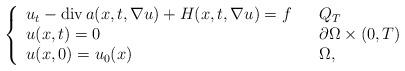
LaTeX: \begin{align*}\left\{\begin{array}[c]{lll}u_{t}-\operatorname{div}a(x,t,\nabla u)+H(x,t,\nabla u)=f & &Q_{T}\\u(x,t)=0 & & \partial\Omega\times\left( 0,T\right) \\u(x,0)=u_{0}(x) & & \Omega,\end{array}\right. \end{align*}